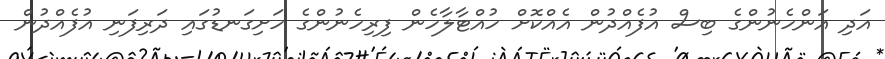
އަދި އަންހެނުންގެ ބިސް އުފެއްދުން އެއްކޮށް ހުއްޓާލާހެން ފިރިހެނުންގެ ހަށިގަނޑުގައި ދަރިފަނި އުފެއްދުން